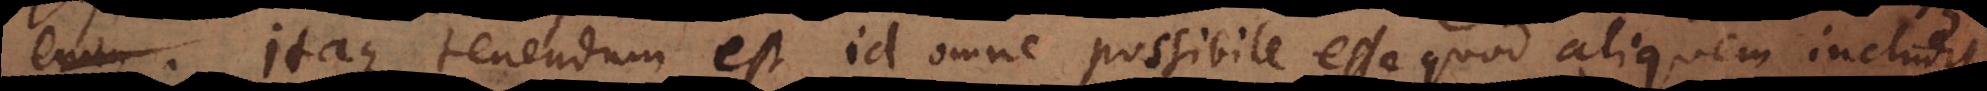
Itaque tenendum est id omne possibile esse quod aliquem includit